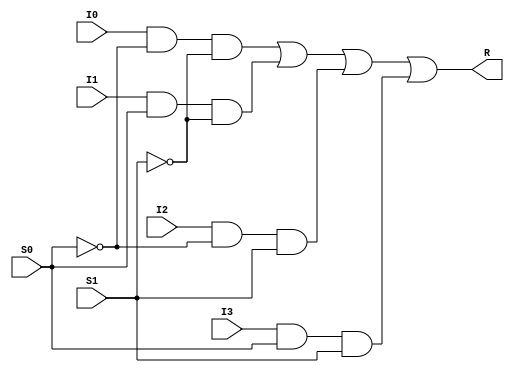
module mux_4x1(S0,S1, I0, I1, I2, I3, R);
input S0,S1, I0, I1, I2, I3;
output R;
wire S0_inv, S1_inv, select0, select1, select2, select3;
not(S0_inv, S0);
not(S1_inv, S1);
and(select0, I0, S0_inv, S1_inv);
and(select1, I1, S0, S1_inv);
and(select2, I2, S0_inv, S1);
and(select3, I3, S0, S1);
or(R, select0, select1, select2, select3);
endmodule